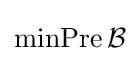
\operatorname {minPre} {\mathcal {B}}